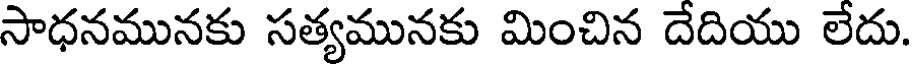
సాధనమునకు సత్యమునకు మించిన దేదియు లేదు.